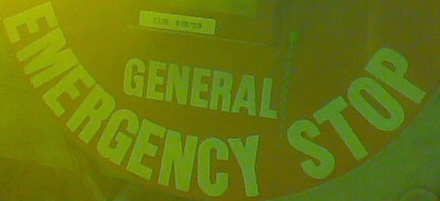
EMERGENCY STOP